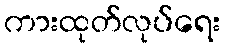
ကားထုတ်လုပ်ရေး